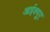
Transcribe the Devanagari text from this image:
आईक्यूए